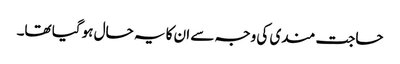
حاجت مندی کی وجہ سے ان کا یہ حال ہو گیا تھا۔